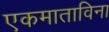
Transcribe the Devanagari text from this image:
एकमाताविना